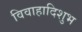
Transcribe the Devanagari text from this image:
विवाहादिशुभ